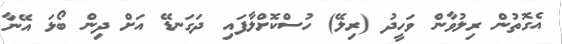
އެގޮތުން ރިލުވާން ވަހީދު (ރިލޭ) ހުސްކޮށްލާފައި ދަގަނޑޭ އަށް ދިން ބޯޅަ އޭނާ